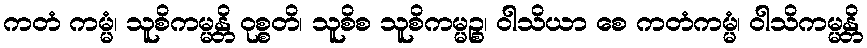
ကတံ ကမ္မံ၊ သူစိကမ္မန္တိ ဝုစ္စတိ၊ သူစိစ သူစိကမ္မဉ္စ၊ ဝါသိယာ စေ ကတံကမ္မံ၊ ဝါသိကမ္မန္တိ